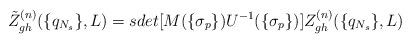
\begin{align*}\tilde Z_{gh}^{(n)}(\{q_{N_s}\},L) =sdet[M(\{\sigma_p\})U^{-1}(\{\sigma_p\})]Z_{gh}^{(n)}(\{q_{N_s}\},L)\end{align*}